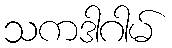
သကဒါဂါမ်